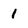
Character: 1